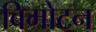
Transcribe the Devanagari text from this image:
विमोटन